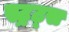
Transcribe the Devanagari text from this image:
स्ट्रट्स